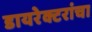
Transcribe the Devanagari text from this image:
डायरेक्टरांचा